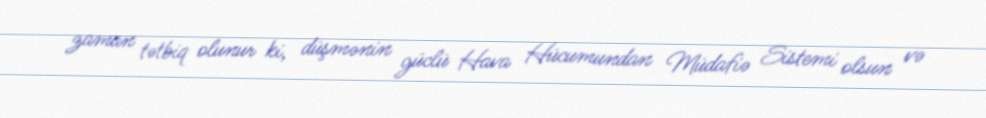
zaman tətbiq olunur ki, düşmənin güclü Hava Hücumundan Müdafiə Sistemi olsun və